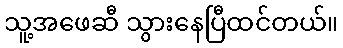
သူ့အဖေဆီ သွားနေပြီထင်တယ်။